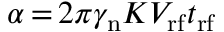
\alpha \, { = } \, 2 \pi \gamma _ { \mathrm { n } } K V _ { \mathrm { r f } } t _ { \mathrm { r f } }